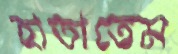
হাতাতেম